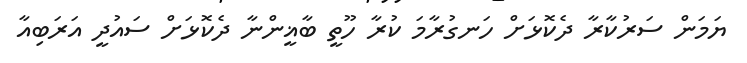
ޔަމަން ސަރުކާރާ ދެކޮޅަށް ހަނގުރާމަ ކުރާ ހޫތީ ބާޣީންނާ ދެކޮޅަށް ސައުދީ އަރަބިއާ